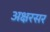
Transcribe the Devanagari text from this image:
अक्षरसर